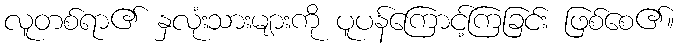
လူတစ်ရာ၏ နှလုံးသားများကို ပူပန်ကြောင့်ကြခြင်း ဖြစ်စေ၏။